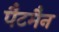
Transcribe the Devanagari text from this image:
पैटमैन